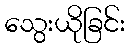
သွေးယိုခြင်း